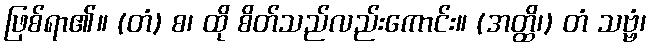
ဖြစ်ရာ၏။ (တံ) စ၊ ထို စိတ်သည်လည်းကောင်း။ (အတ္ထိ၊) တံ သဗ္ဗံ၊